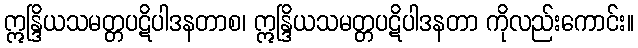
ဣန္ဒြိယသမတ္တပဋိပါဒနတာစ၊ ဣန္ဒြိယသမတ္တပဋိပါဒနတာ ကိုလည်းကောင်း။